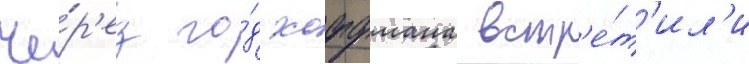
Че́р'ез го́д хоффмана встр'е́т'ил'и